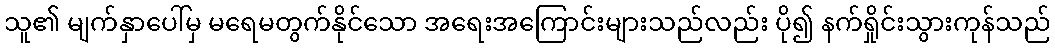
သူ၏ မျက်နှာပေါ်မှ မရေမတွက်နိုင်သော အရေးအကြောင်းများသည်လည်း ပို၍ နက်ရှိုင်းသွားကုန်သည်